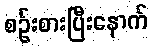
စဉ်းစားပြီးနောက်